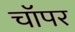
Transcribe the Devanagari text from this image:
चॉपर